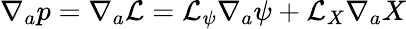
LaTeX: \nabla_{a}p=\nabla_{a}\mathcal{L}=\mathcal{L}_{\psi}\nabla_{a}\psi+\mathcal{L}_{X}\nabla_{a}X